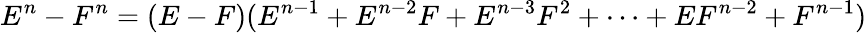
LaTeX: E^{n}-F^{n}=(E-F)(E^{n-1}+E^{n-2}F+E^{n-3}F^{2}+\cdots+EF^{n-2}+F^{n-1})